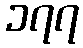
၁၇၇